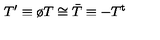
T ^ { \prime } \equiv \o T \cong \bar { T } \equiv - T ^ { \mathrm { t } }